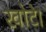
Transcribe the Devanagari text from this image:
खोटे।